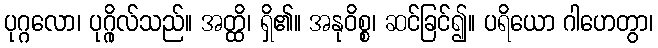
ပုဂ္ဂလော၊ ပုဂ္ဂိုလ်သည်။ အတ္ထိ၊ ရှိ၏။ အနုဝိစ္စ၊ ဆင်ခြင်၍။ ပရိယော ဂါဟေတွာ၊